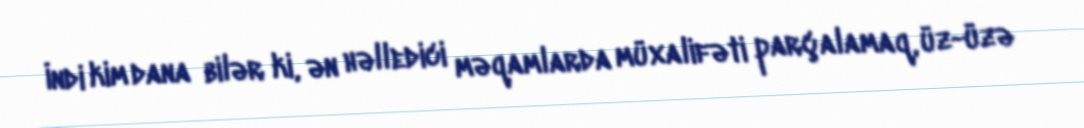
İndi kim dana bilər ki, ən həlledici məqamlarda müxalifəti parçalamaq, üz-üzə